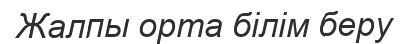
Жалпы орта білім беру